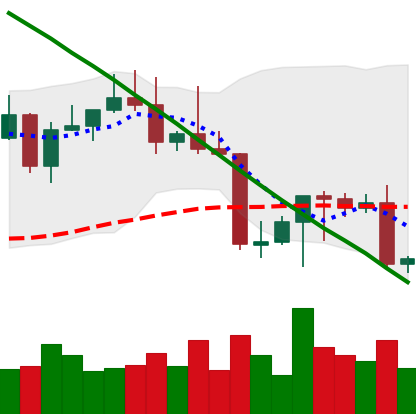
Ticker: LTC-USD
Chart end date: 2022-08-27
Forward return: 8.441%
Label: up_7plus